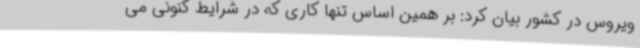
ویروس در کشور بیان کرد: بر همین اساس تنها کاری که در شرایط کنونی می